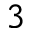
^ 3